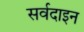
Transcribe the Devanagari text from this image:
सर्वदाइन